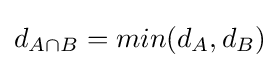
d_{A\cap B}=min(d_{A},d_{B})